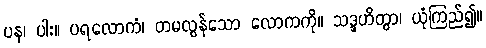
ပန၊ ပါး။ ပရလောကံ၊ တမလွန်သော လောကကို။ သဒ္ဒဟိတွာ၊ ယုံကြည်၍။